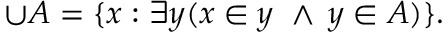
\cup A = \{ x : \exists y ( x \in y \, \, \land \, y \in A ) \} .